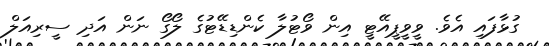
ގުޅާފައި އެވެ. ވީވީޕީއޭޓީ އިން ވޯޓުލާ ކެންޑިޑޭޓުގެ ލޯގޯ ނަން އަދި ސީރިއަލް